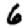
Digit: 6